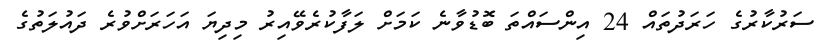
ސަރުކާރުގެ ހަރަދުތައް 24 އިންސައްތަ ބޮޑުވާނެ ކަމަށް ލަފާކުރެވޭއިރު މިދިޔަ އަހަރަށްވުރެ ދައުލަތުގެ